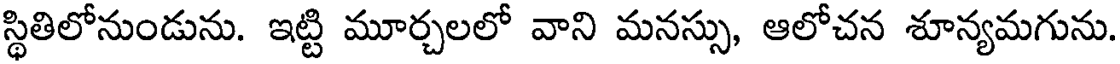
స్థితిలోనుండును. ఇట్టి మూర్చలలో వాని మనస్సు, ఆలోచన శూన్యమగును